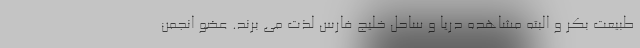
طبیعت بکر و البته مشاهده دریا و ساحل خلیج فارس لذت می ­برند. عضو انجمن